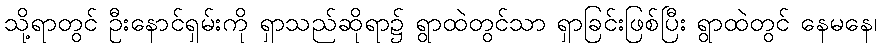
သို့ရာတွင် ဦးနောင်ရှမ်းကို ရှာသည်ဆိုရာ၌ ရွာထဲတွင်သာ ရှာခြင်းဖြစ်ပြီး ရွာထဲတွင် နေမနေ၊